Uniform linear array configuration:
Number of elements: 24
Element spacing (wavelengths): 1
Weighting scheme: kaiser
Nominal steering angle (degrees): -60
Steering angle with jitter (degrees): -61.352
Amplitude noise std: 0.05
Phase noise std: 0.05

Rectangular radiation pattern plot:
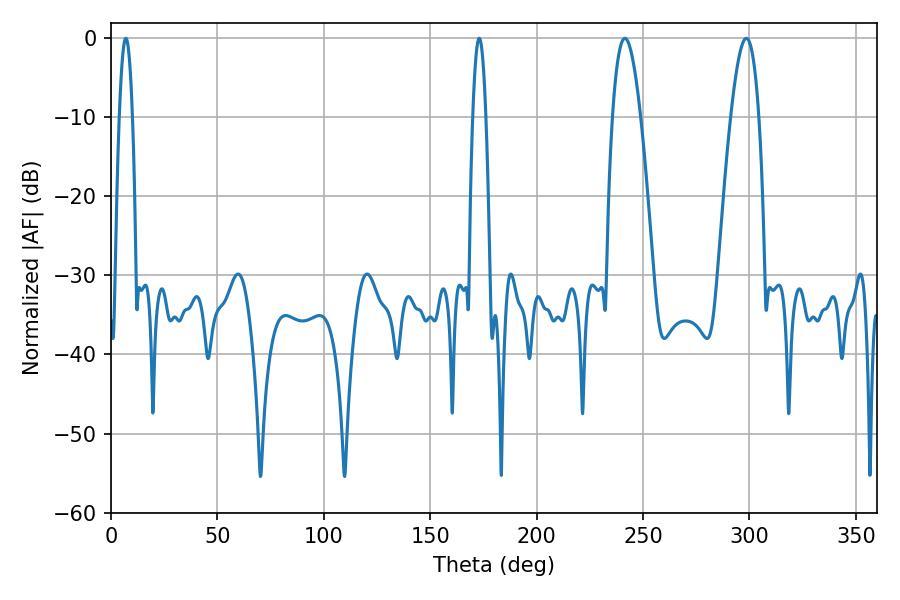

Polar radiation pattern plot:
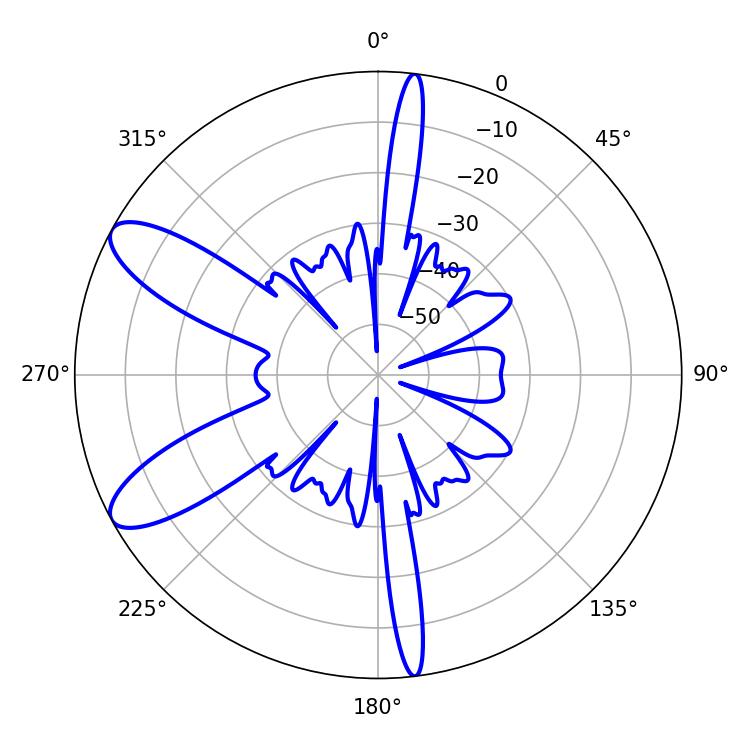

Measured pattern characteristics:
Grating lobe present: TRUE
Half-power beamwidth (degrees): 7.2
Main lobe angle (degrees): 298.62